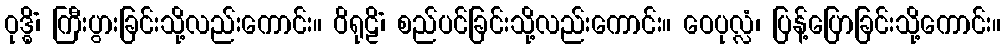
ဝုဒ္ဓိံ၊ ကြီးပွားခြင်းသို့လည်းကောင်း။ ဝိရုဠိံ၊ စည်ပင်ခြင်းသို့လည်းကောင်း။ ဝေပုလ္လံ၊ ပြန့်ပြောခြင်းသို့ကောင်း။